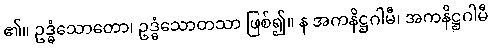
၏။ ဥဒ္ဓံသောတော၊ ဥဒ္ဓံသောတသာ ဖြစ်၍။ န အကနိဋ္ဌဂါမီ၊ အကနိဋ္ဌဂါမီ